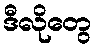
ဒီလိုတွေ